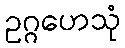
ဥဂ္ဂဟေသုံ